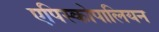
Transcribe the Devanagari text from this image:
एपिस्कोपालियन